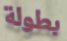
بطولة